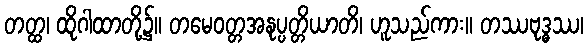
တတ္ထ၊ ထိုဂါထာတို့၌။ တမေဝတ္တအနုပ္ပတ္တိယာတိ၊ ဟူသည်ကား။ တဿဗုဒ္ဓဿ၊